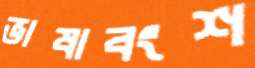
ভাষাবংশ